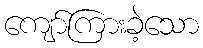
ကျော်ကြားခဲ့သော